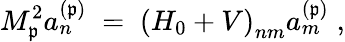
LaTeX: M_{\mathfrak{p}}^{2}a_{n}^{(\mathfrak{p})}\; =\; \left(H_{0}+V\right)_{nm}a_{m}^{(\mathfrak{p})}\; ,